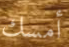
أمسك